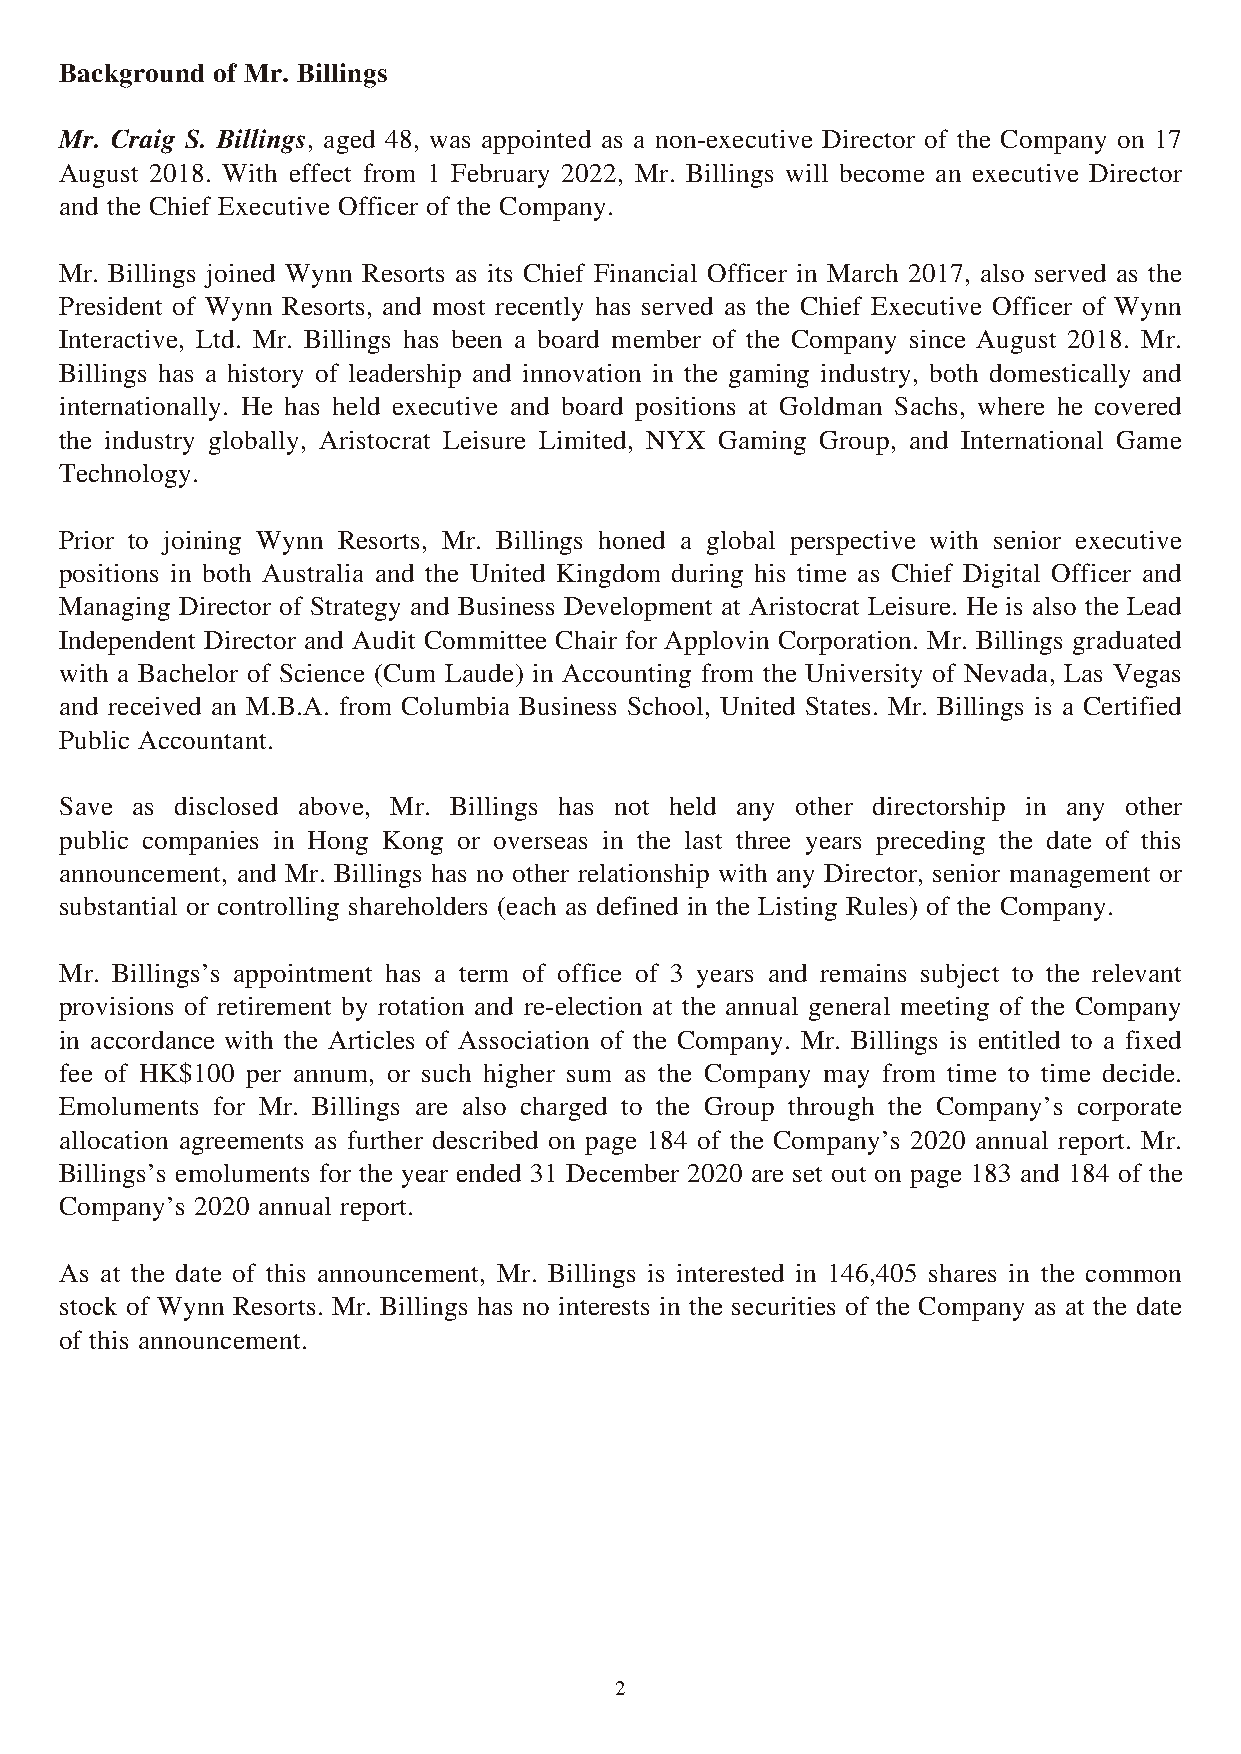
Background of Mr. Billings
 Mr. Craig S. Billings, aged 48, was appointed as a non-executive Director of the Company on 17
 August 2018. With effect from 1 February 2022, Mr. Billings will become an executive Director
 and the Chief Executive Officer of the Company.
 Mr. Billings joined Wynn Resorts as its Chief Financial Officer in March 2017, also served as the
 President of Wynn Resorts, and most recently has served as the Chief Executive Officer of Wynn
 Interactive, Ltd. Mr. Billings has been a board member of the Company since August 2018. Mr.
 Billings has a history of leadership and innovation in the gaming industry, both domestically and
 internationally. He has held executive and board positions at Goldman Sachs, where he covered
 the industry globally, Aristocrat Leisure Limited, NYX Gaming Group, and International Game
 Technology.
 Prior to joining Wynn Resorts, Mr. Billings honed a global perspective with senior executive
 positions in both Australia and the United Kingdom during his time as Chief Digital Officer and
 Managing Director of Strategy and Business Development at Aristocrat Leisure. He is also the Lead
 Independent Director and Audit Committee Chair for Applovin Corporation. Mr. Billings graduated
 with a Bachelor of Science (Cum Laude) in Accounting from the University of Nevada, Las Vegas
 and received an M.B.A. from Columbia Business School, United States. Mr. Billings is a Certified
 Public Accountant.
 Save as disclosed above, Mr. Billings has not held any other directorship in any other
 public companies in Hong Kong or overseas in the last three years preceding the date of this
 announcement, and Mr. Billings has no other relationship with any Director, senior management or
 substantial or controlling shareholders (each as defined in the Listing Rules) of the Company.
 Mr. Billings’s appointment has a term of office of 3 years and remains subject to the relevant
 provisions of retirement by rotation and re-election at the annual general meeting of the Company
 in accordance with the Articles of Association of the Company. Mr. Billings is entitled to a fixed
 fee of HK$100 per annum, or such higher sum as the Company may from time to time decide.
 Emoluments for Mr. Billings are also charged to the Group through the Company’s corporate
 allocation agreements as further described on page 184 of the Company’s 2020 annual report. Mr.
 Billings’s emoluments for the year ended 31 December 2020 are set out on page 183 and 184 of the
 Company’s 2020 annual report.
 As at the date of this announcement, Mr. Billings is interested in 146,405 shares in the common
 stock of Wynn Resorts. Mr. Billings has no interests in the securities of the Company as at the date
 of this announcement.
 2